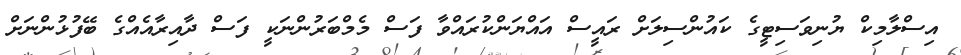
އިސްލާމިކް ޔުނިވަސިޓީގެ ކައުންސިލަށް ރައީސް އައްޔަންކުރައްވާ ފަސް މެމްބަރުންނަކީ ފަސް ދާއިރާއެއްގެ ބޭފުޅުންނަށް